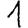
Digit: 1